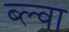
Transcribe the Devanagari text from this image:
ब्ल्वा